Lunatic asylums in Bengal annual reports 1888-1898 - 1888-1898
Year: 1888
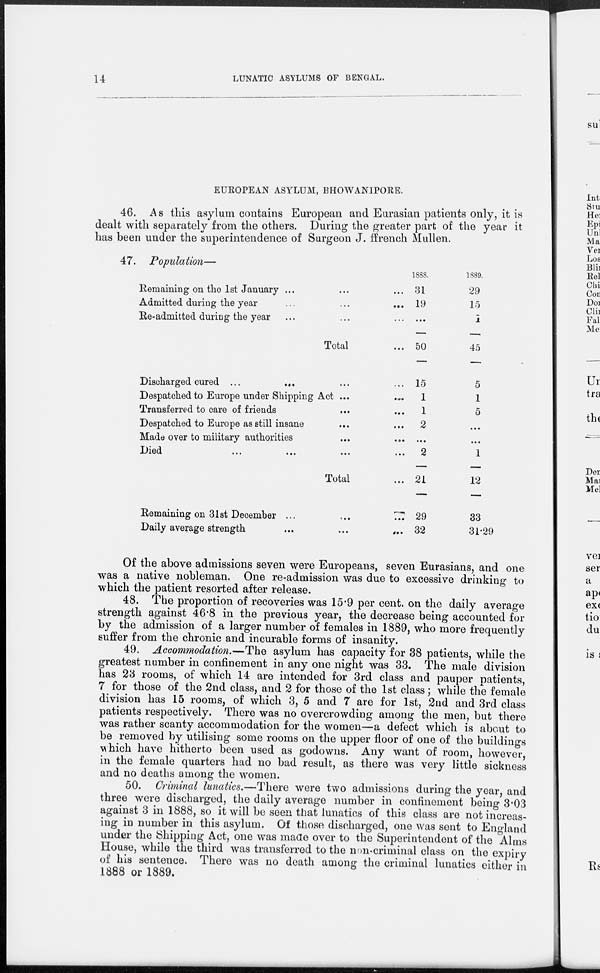
14
LUNATIC ASYLUMS OF BENGAL.
EUROPEAN ASYLUM, BHOWANIPORE.
46. As this asylum contains European and Eurasian patients only, it is
dealt with separately from the others. During the greater part of the year it
has been under the superintendence of Surgeon J. ffrench Mullen.
47. Population—
Remaining on the 1st January ... ... ...
Admitted during the year
...
...
...
Re-admitted during the year ... ... ...
Total ...
Discharged cured ...
... ... ...
Despatched to Europe under Shipping Act ... ...
Transferred to care of friends ... ...
Despatched to Europe as still insane ... ...
Made over to military authorities
...
...
Died
...
...
...
...
Total ...
Remaining on 31st December ...
...
...
Daily average strength
...
...
...
1888.
31
19
...
50
15
1
1
2
...
2
21
29
32
1889.
29
15
1
45
5
1
5
...
...
1
12
33
31.29
Of the above admissions seven were Europeans, seven Eurasians, and one
was a native nobleman. One re-admission was due to excessive drinking to
which the patient resorted after release.
48. The proportion of recoveries was 15.9 per cent. on the daily average
strength against 46.8 in the previous year, the decrease being accounted for
by the admission of a larger number of females in 1889, who more frequently
suffer from the chronic and incurable forms of insanity.
49. Accommodation.—The asylum has capacity for 38 patients, while the
greatest number in confinement in any one night was 33. The male division
has 23 rooms, of which 14 are intended for 3rd class and pauper patients,
7 for those of the 2nd class, and 2 for those of the 1st class; while the female
division has 15 rooms, of which 3, 5 and 7 are for 1st, 2nd and 3rd class
patients respectively. There was no overcrowding among the men, but there
was rather scanty accommodation for the women—a defect which is about to
be removed by utilising some rooms on the upper floor of one of the buildings
which have hitherto been used as godowns. Any want of room, however,
in the female quarters had no bad result, as there was very little sickness
and no deaths among the women.
50. Criminal lunatics.—There were two admissions during the year, and
three were discharged, the daily average number in confinement being 3.03
against 3 in 1888, so it will be seen that lunatics of this class are not increas-
ing in number in this asylum. Of those discharged, one was sent to England
under the Shipping Act, one was made over to the Superintendent of the Alms
House, while the third was transferred to the non-criminal class on the expiry
of his sentence. There was no death among the criminal lunatics either in
1888 or 1889.